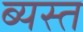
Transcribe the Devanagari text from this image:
ब्यस्त